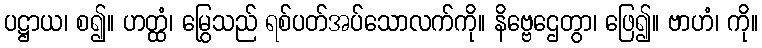
ပဋ္ဌာယ၊ စ၍။ ဟတ္ထံ၊ မြွေသည် ရစ်ပတ်အပ်သောလက်ကို။ နိဗ္ဗေဌေတွာ၊ ဖြေ၍။ ဗာဟံ၊ ကို။